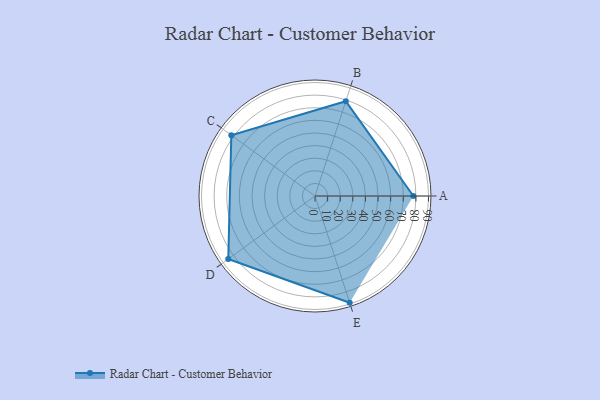
{"axis": {"x": "Skill", "y": "Score"}, "legend": ["Profile"], "data": [{"x": "A", "y": 78.0, "type": "Profile"}, {"x": "B", "y": 79.0, "type": "Profile"}, {"x": "C", "y": 82.0, "type": "Profile"}, {"x": "D", "y": 85.0, "type": "Profile"}, {"x": "E", "y": 89.0, "type": "Profile"}]}